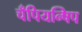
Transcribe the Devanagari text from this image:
चँपियन्षिप